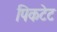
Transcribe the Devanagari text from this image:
पिकटेट